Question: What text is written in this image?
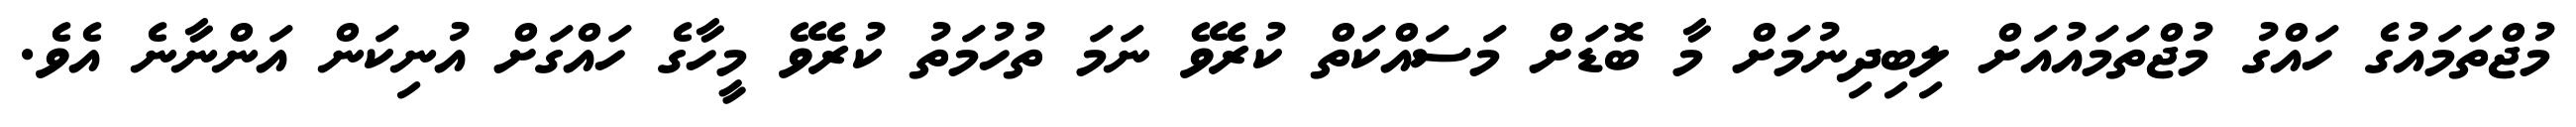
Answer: މުޖްތަމައުގެ ހައްގު މުޖްތަމައުއަށް ލިބިދިނުމަށް މާ ބޮޑަށް މަސައްކަތް ކުރެވޭ ނަމަ ތުހުމަތު ކުރެވޭ މީހާގެ ހައްގަށް އުނިކަން އަންނާނެ އެވެ.